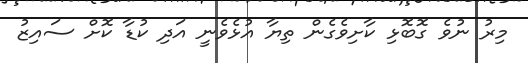
މިރު ނުވެ ގޮބޮޅި ކާށިވެގެން ތިޔާ އުޅެވެނީ އަދި ކުޑާ ކޮށް ސައިޒު